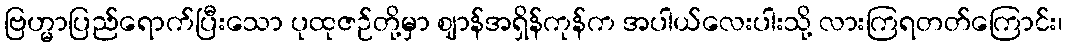
ဗြဟ္မာပြည်ရောက်ပြီးသော ပုထုဇဉ်တို့မှာ ဈာန်အရှိန်ကုန်က အပါယ်လေးပါးသို့ လားကြရတတ်ကြောင်း၊